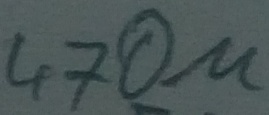
Text: 470µ